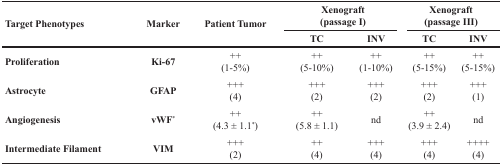
<table><thead><tr><td rowspan="2"><b>Target Phenotypes</b></td><td rowspan="2"><b>Marker</b></td><td rowspan="2"><b>Patient Tumor</b></td><td colspan="2"><b>Xenograft(passage I)</b></td><td colspan="2"><b>Xenograft(passage III)</b></td></tr><tr><td><b>TC</b></td><td><b>INV</b></td><td><b>TC</b></td><td><b>INV</b></td></tr></thead><tbody><tr><td><b>Proliferation</b></td><td><b>Ki-67</b></td><td>++(1-5%)</td><td>++(5-10%)</td><td>++(1-10%)</td><td>++(5-15%)</td><td>++(5-15%)</td></tr><tr><td><b>Astrocyte</b></td><td><b>GFAP</b></td><td>+++(4)</td><td>+++(2)</td><td>+++(2)</td><td>+++(2)</td><td>+++(1)</td></tr><tr><td><b>Angiogenesis</b></td><td><b>vWF<sup>*</sup></b></td><td>++(4.3 ± 1.1<sup>*</sup>)</td><td>++(5.8 ± 1.1)</td><td>nd</td><td>++(3.9 ± 2.4)</td><td>nd</td></tr><tr><td><b>Intermediate Filament</b></td><td><b>VIM</b></td><td>+++(2)</td><td>++(4)</td><td>+++(4)</td><td>+++(4)</td><td>++++(4)</td></tr></tbody></table>